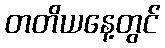
တတိယနေ့တွင်